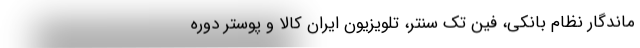
ماندگار نظام بانکی، فین تک سنتر، تلویزیون ایران کالا و پوستر دوره